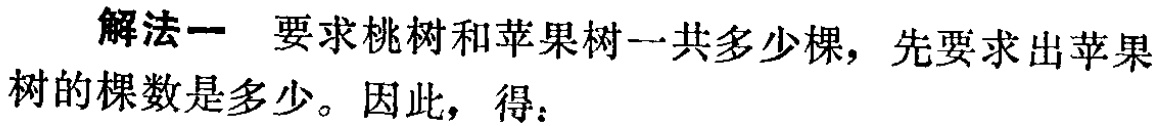
解法一 要求桃树和苹果树一共多少棵，先要求出苹果树的棵数是多少。因此，得：